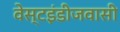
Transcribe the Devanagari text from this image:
वेस्टइंडीजवासी